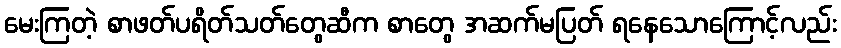
မေးကြတဲ့ စာဖတ်ပရိတ်သတ်တွေဆီက စာတွေ အဆက်မပြတ် ရနေသောကြောင့်လည်း